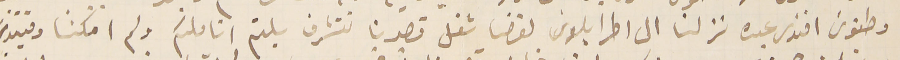
وطنوسَ افندى عبده نزلنا الى اطرابلوس لقضا شغل قصدنا نتشرف بلثم اناملكم ولم امكننا وقتيذٍ